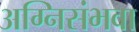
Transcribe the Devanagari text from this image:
अग्निसंभवा